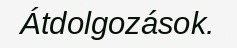
Átdolgozások.